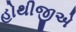
હોથીજીએ